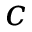
c